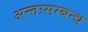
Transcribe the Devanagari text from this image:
अन्तःसम्बन्ध